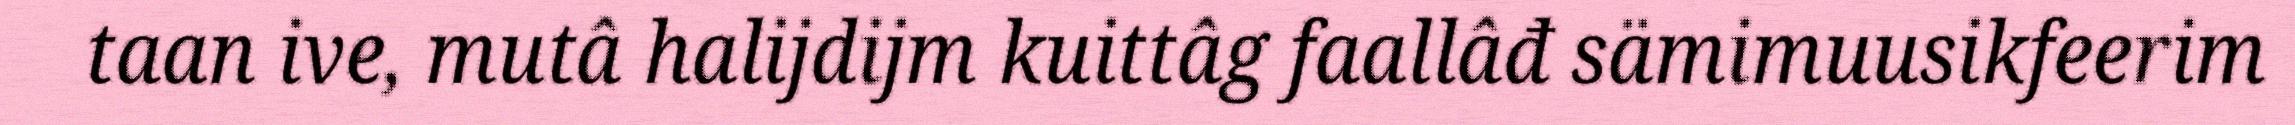
taan ive, mutâ halijdijm kuittâg faallâđ sämimuusikfeerim